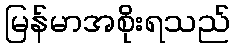
မြန်မာအစိုးရသည်